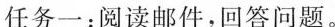
任务一: 阅读邮件,回答问题。